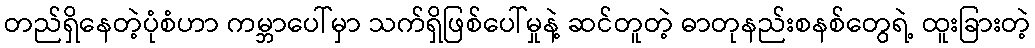
တည်ရှိနေတဲ့ပုံစံဟာ ကမ္ဘာပေါ်မှာ သက်ရှိဖြစ်ပေါ်မှုနဲ့ ဆင်တူတဲ့ ဓာတုနည်းစနစ်တွေရဲ့ ထူးခြားတဲ့